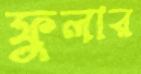
ফুলার